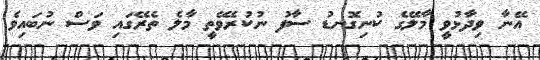
އޭނާ ވިދާޅުވީ މާލޭގެ ކުނިގޮނޑު ސާފު ނުކުރެވޭތީ މާލެ ތެރޭގައި ވަސް ނުބައިވެ